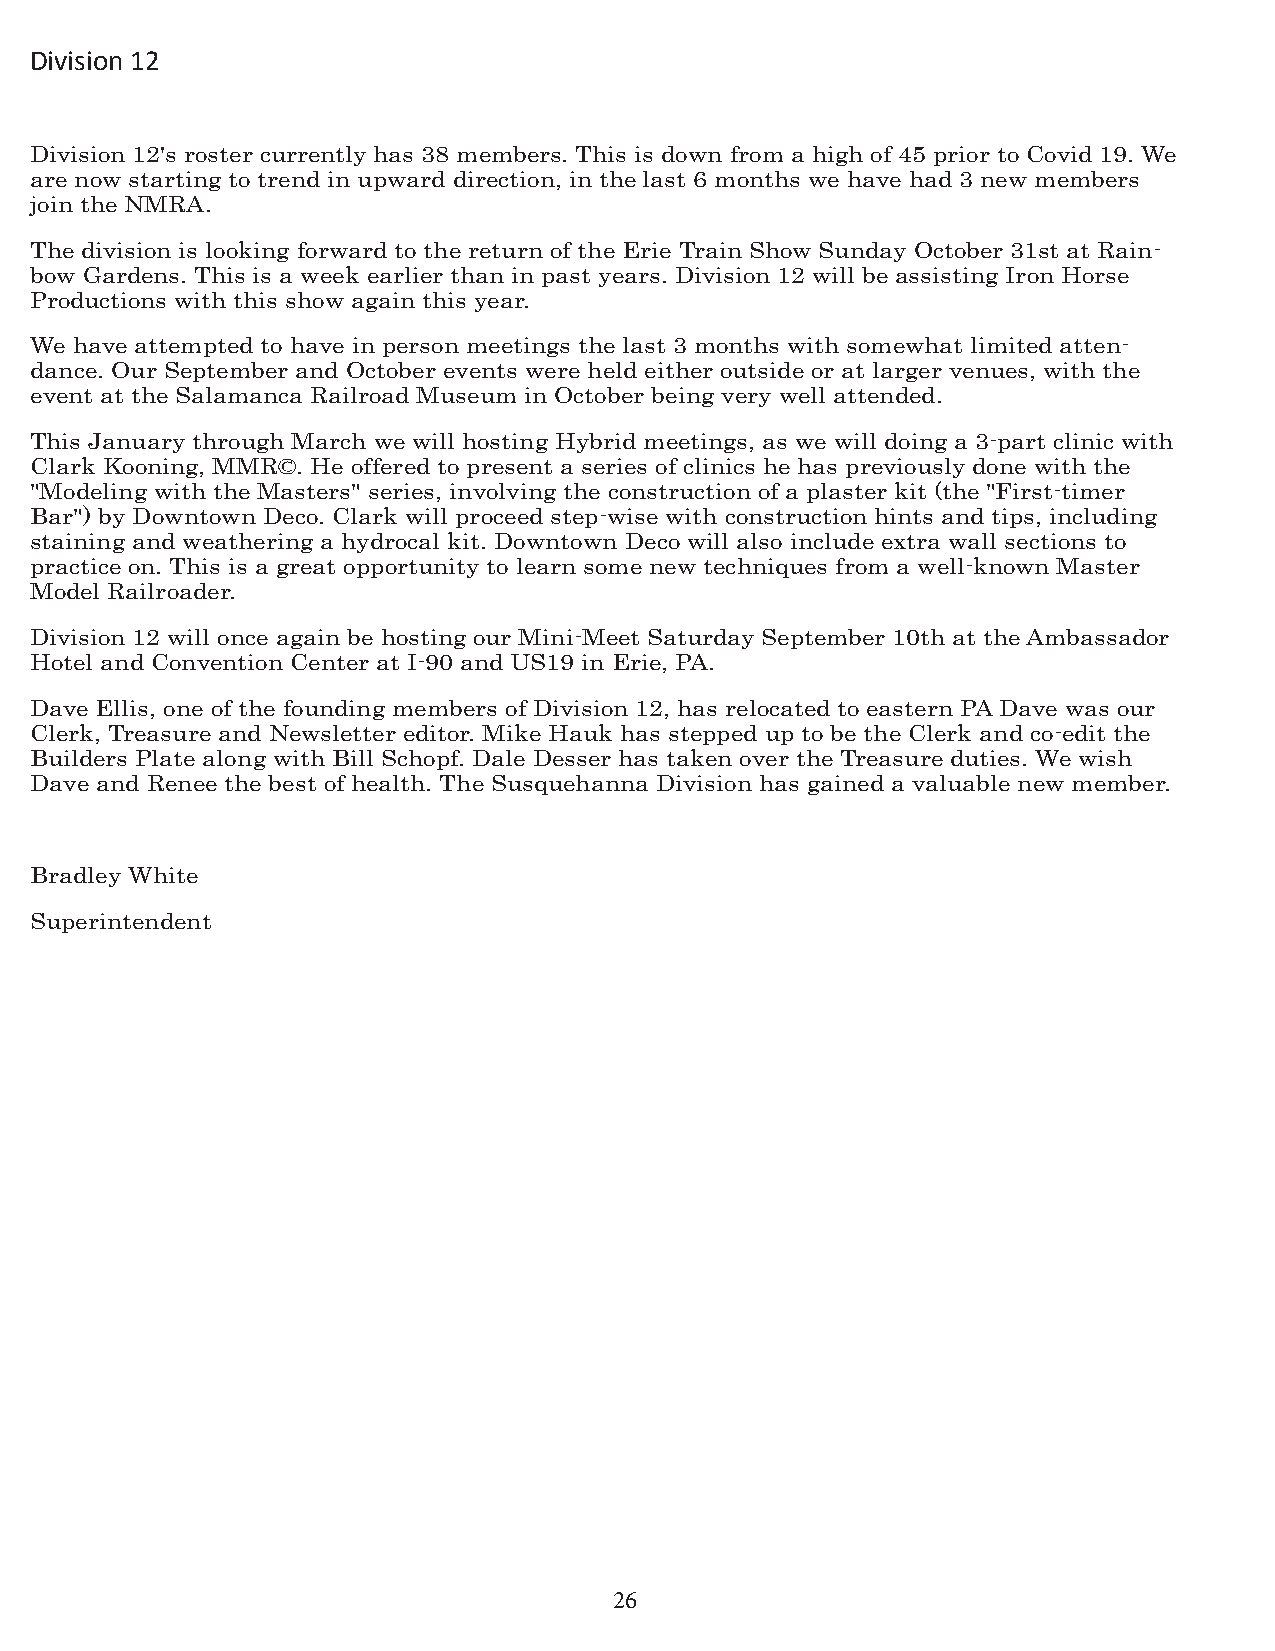
Division 12
 Division 12's roster currently has 38 members. This is down from a high of 45 prior to Covid 19. We
 are now starting to trend in upward direction, in the last 6 months we have had 3 new members
 join the NMRA.
 The division is looking forward to the return of the Erie Train Show Sunday October 31st at Rain-
 bow Gardens. This is a week earlier than in past years. Division 12 will be assisting Iron Horse
 Productions with this show again this year.
 We have attempted to have in person meetings the last 3 months with somewhat limited atten-
 dance. Our September and October events were held either outside or at larger venues, with the
 event at the Salamanca Railroad Museum in October being very well attended.
 This January through March we will hosting Hybrid meetings, as we will doing a 3-part clinic with
 Clark Kooning, MMR©. He offered to present a series of clinics he has previously done with the
 "Modeling with the Masters" series, involving the construction of a plaster kit (the "First-timer
 Bar") by Downtown Deco. Clark will proceed step-wise with construction hints and tips, including
 staining and weathering a hydrocal kit. Downtown Deco will also include extra wall sections to
 practice on. This is a great opportunity to learn some new techniques from a well-known Master
 Model Railroader.
 Division 12 will once again be hosting our Mini-Meet Saturday September 10th at the Ambassador
 Hotel and Convention Center at I-90 and US19 in Erie, PA.
 Dave Ellis, one of the founding members of Division 12, has relocated to eastern PA Dave was our
 Clerk, Treasure and Newsletter editor. Mike Hauk has stepped up to be the Clerk and co-edit the
 Builders Plate along with Bill Schopf. Dale Desser has taken over the Treasure duties. We wish
 Dave and Renee the best of health. The Susquehanna Division has gained a valuable new member.
 Bradley White
 Superintendent
 26